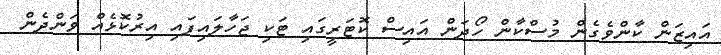
އައިޒަން ކާންވެގެން މުސްކާން ހޯދަން އައިސް ކޮޓަރީގައި ޓަކި ޖަހާލައިފައި އިރުކޮޅެއް ވަންދެން